Annual report on the lock hospitals of the Madras Presidency
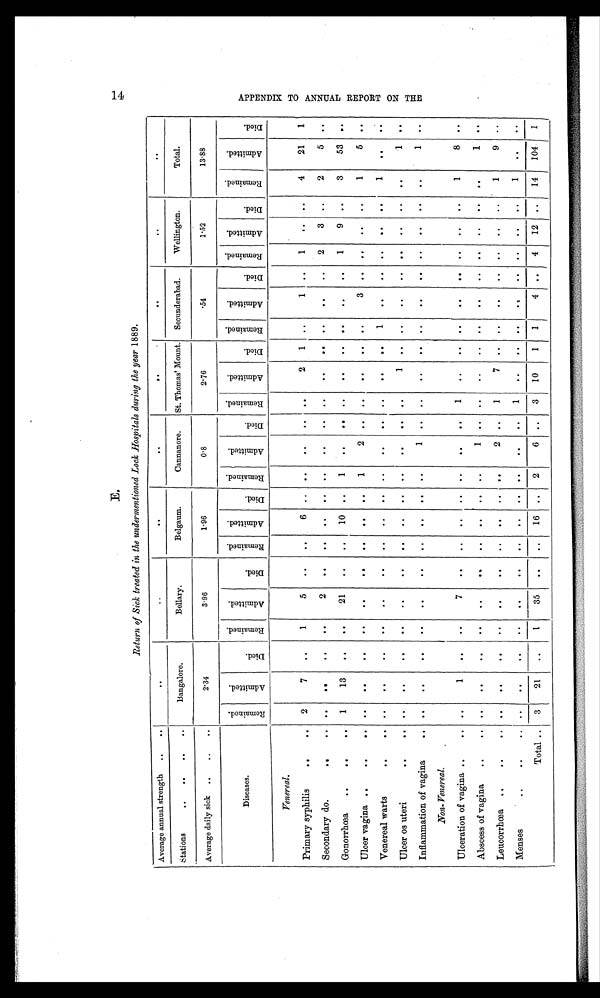
E.
14
Return of Sick treated in the undermentioned Lock Hospitals during the year 1889.
APPENDIX TO ANNUAL REPORT ON THE
Average annual strength
. . ..
. .
. .
. . . .
. .
. .
Stations
Bangalore.
Bellary.
Belgaum.
Cannanore.
St. Thomas' Mount. Secunderabad.
Wellington.
Total.
Average daily sick
2.34
3.96
1.96
0.8
2.76
.54
1.52
13.88
Diseases.
R e m a i n e d .
A d m i t t e d .
D i e d .
R e m a i n e d .
A d m i t t e d .
D i e d .
R e m a i n e d .
A d m i t t e d .
D i e d .
R e m a i n e d .
A d m i t t e d .
D i e d .
R e m a i n e d .
A d m i t t e d .
D i e d .
R e m a i n d .
A d m i t t e d .
D i e d .
R e m a i n e d .
A d m i t t e d .
D i e d .
R e m a i n e d .
A d m i t t e d .
D i e d .
Venereal.
Primary syphilis
..
2
7
. .
1
5
. .
..
6
.. . .
. .
. .
. . 2
1
. .
1
. .
1
. .
4
21
1
Secondary do.
.. ..
. .
. .
..
2
. .
..
..
. .
. .
. .
..
. .
. .
. .
. .
. .
2
3 ..
2
5
..
Gonorrhœa
..
1
13
. .
..
21
. .
..
10
..
1
. .
..
..
. .
. .
. .
. .
. .
1
9
..
3
53 ..
Ulcer vagina
.. ..
. .
. .
..
. .
. .
..
. .
..
1
2 ..
..
. .
..
..
3 ..
..
..
..
1
5 ..
Venereal warts
.. ..
. .
. .
..
. .
. .
..
. .
..
. .
. .
..
..
. .
. .
1
. .
. .
..
. .
..
1
. .
..
Ulcer os uteri
.. ..
. .
. .
..
..
. .
..
. .
..
. .
. .
..
..
1
..
. .
. .
. .
..
. .
..
. .
1
..
Inflammation of vagina
..
..
..
..
..
. .
. .
..
. .
..
. .
1 ..
..
..
..
. .
. .
. .
..
. .
..
..
1
..
Non-Venereal.
Ulceration of vagina
.. ..
1
..
..
7
. .
..
. .
. .
. .
. .
. .
1
. .
. .
. .
. .
. .
. .
. .
. .
1
8
..
Abscess of vagina
..
. .
. .
. .
..
. .
. .
..
. .
. .
. .
1
. .
..
. . ..
..
. .
. .
. .
. .
..
. .
1
..
Leucorrhœa
..
. .
. .
. .
..
. .
. .
..
. .
. . ..
2
..
1
7
..
..
. .
..
. .
. .
..
1
9 ..
Menses
.. ..
. .
. .
..
. .
..
..
. .
..
. .
. .
. .
1
. .
. .
. .
. .
. .
. .
. .
..
1
. .
..
Total ..
3
21
. .
1
35
. .
..
16
.. 2
6 ..
3
10
1
1
4
..
4
12
..
14
104
1
E